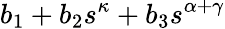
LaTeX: b_{1}+b_{2}s^{\kappa}+b_{3}s^{\alpha+\gamma}